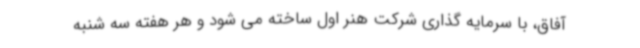
آفاق، با سرمایه گذاری شرکت هنر اول ساخته می شود و هر هفته سه شنبه